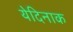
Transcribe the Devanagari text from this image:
येदिनाक